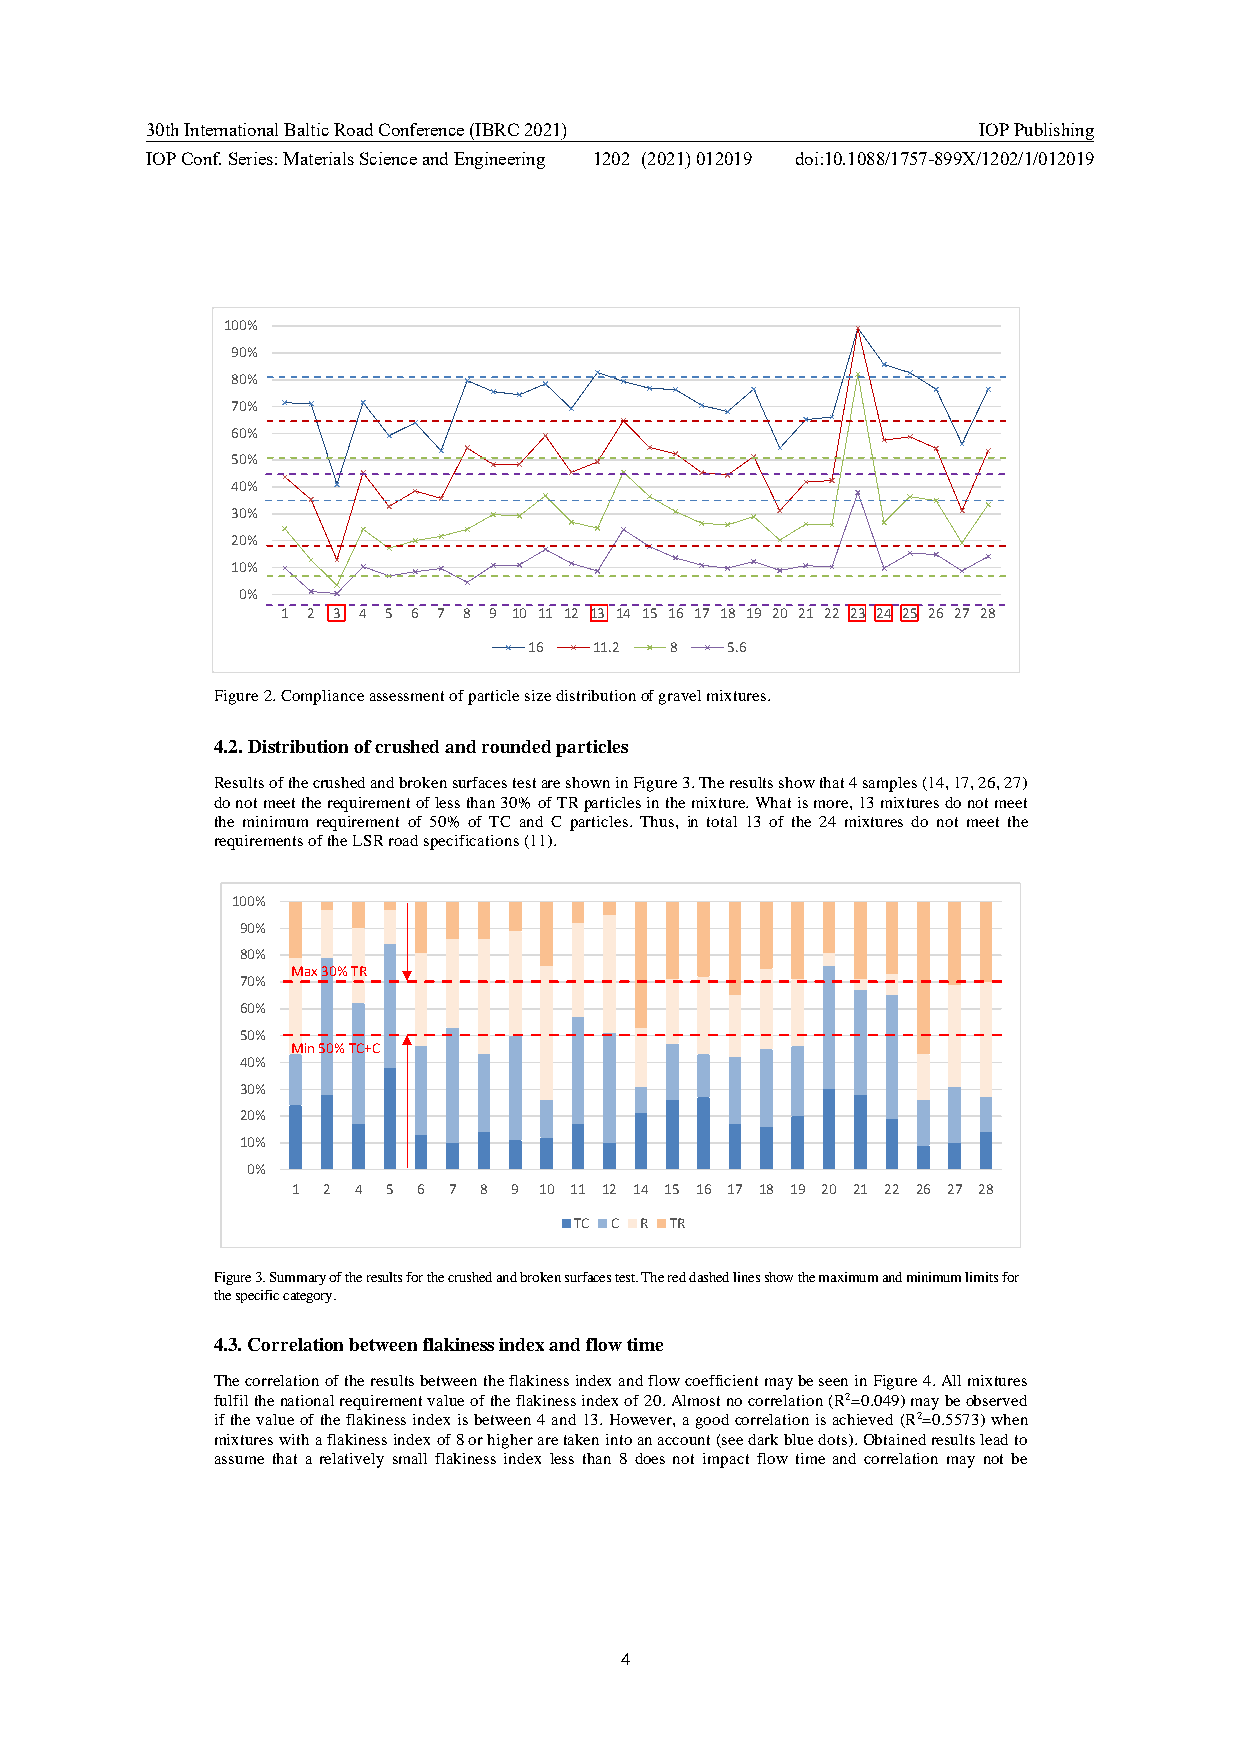
30th International Baltic Road Conference (IBRC 2021)  IOP Publishing
 IOP Conf. Series: Materials Science and Engineering 1202 (2021) 012019 doi:10.1088/1757-899X/1202/1/012019
 100%
 90%
 80%
 70%
 60%
 50%
 40%
 30%
 20%
 10%
 0%
 1 2 3 4 5 6 7 8 9 10 11 12 13 14 15 16 17 18 19 20 21 22 23 24 25 26 27 28
 16  11.2 8   5.6
 Figure 2. Compliance assessment of particle size distribution of gravel mixtures.
 4.2. Distribution of crushed and rounded particles
 Results of the crushed and broken surfaces test are shown in Figure 3. The results show that 4 samples (14, 17, 26, 27)
 do not meet the requirement of less than 30% of TR particles in the mixture. What is more, 13 mixtures do not meet
 the minimum requirement of 50% of TC and C particles. Thus, in total 13 of the 24 mixtures do not meet the
 requirements of the LSR road specifications (11).
 100%
 90%
 80%
 Max 30% TR
 70%
 60%
 50%
 Min 50% TC+C
 40%
 30%
 20%
 10%
 0%
 1 2 4  5 6 7 8 9 10 11 12 14 15 16 17 18 19 20 21 22 26 27 28
 TC C R TR
 Figure 3. Summary of the results for the crushed and broken surfaces test. The red dashed lines show the maximum and minimum limits for
 the specific category.
 4.3. Correlation between flakiness index and flow time
 The correlation of the results between the flakiness index and flow coefficient may be seen in Figure 4. All mixtures
 fulfil the national requirement value of the flakiness index of 20. Almost no correlation (R2=0.049) may be observed
 if the value of the flakiness index is between 4 and 13. However, a good correlation is achieved (R2=0.5573) when
 mixtures with a flakiness index of 8 or higher are taken into an account (see dark blue dots). Obtained results lead to
 assume that a relatively small flakiness index less than 8 does not impact flow time and correlation may not be
 4